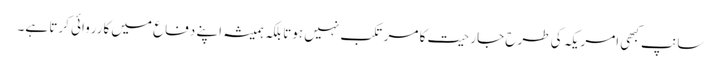
سانپ کبھی امریکہ کی طرح جارحیت کا مرتکب نہیں ہوتا بلکہ ہمیشہ اپنے دفاع میں کارروائی کرتا ہے۔